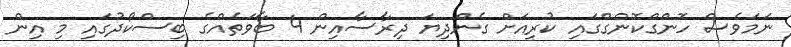
ނަމަވެސް ހޮންގްކޮންގްގައި ކުރިއަށް ގެންދިޔަ ދިރާސާއިން 4 ބާވަތެއްގެ ބިސްކޯދުގައި މި އިން